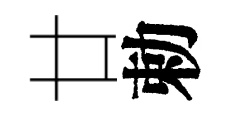
廿勅